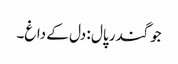
جوگندر پال : دل کے داغ۔